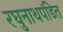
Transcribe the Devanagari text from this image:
रघुनाथपंडित